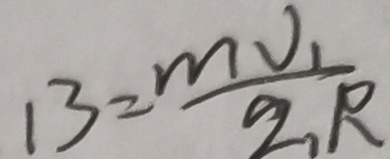
1 3 = \frac { m V _ { 1 } } { 2 _ { R } }